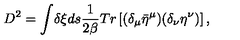
D ^ { 2 } = \int \! \delta \xi d s { \frac { 1 } { 2 \beta } } T r \left[ ( \delta _ { \mu } { \bar { \eta } } ^ { \mu } ) ( \delta _ { \nu } \eta ^ { \nu } ) \right] ,